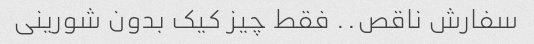
سفارش ناقص.. فقط چیز کیک بدون شورینی